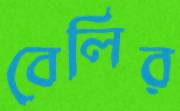
বেলির